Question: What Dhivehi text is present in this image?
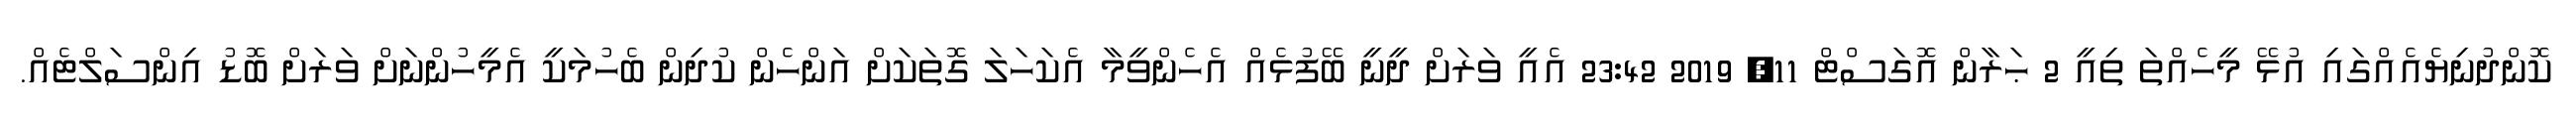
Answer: ކޮންދުނިޔެއެއްގައި އުޅޭ މީހެއްތަ ތިއީ 2 ޙަރާން އޮގަސްޓް 11, 2019 23:42 އެއީ ވަރަށް ދީނީ ބޭފުޅެއް އެހެންވީމާ އެކަހަލަ ގޮތަކަށް އަންހެން ކުދިން ބެހުމަކީ އެމީހުންނަށް ވަރަށް ބޮޑު އިންސަލްޓެއް.